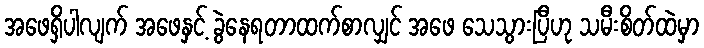
အဖေရှိပါလျက် အဖေနှင့် ခွဲနေရတာထက်စာလျှင် အဖေ သေသွားပြီဟု သမီးစိတ်ထဲမှာ